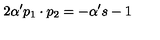
2 \alpha ^ { \prime } p _ { 1 } \cdot p _ { 2 } = - \alpha ^ { \prime } s - 1